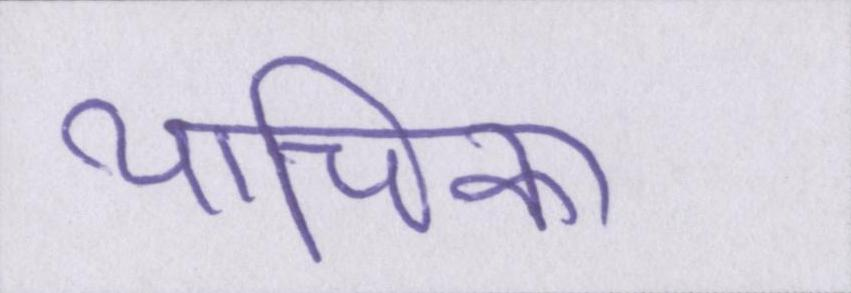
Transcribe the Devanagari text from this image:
याचिका